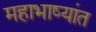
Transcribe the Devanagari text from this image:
महाभाष्यांत